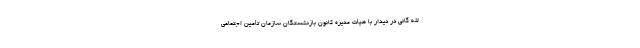
لله گانی در دیدار با هیأت مدیره کانون بازنشستگان سازمان تأمین اجتماعی